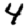
Digit: 4